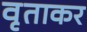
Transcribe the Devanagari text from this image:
वृताकर